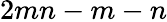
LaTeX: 2mn-m-n